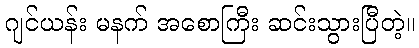
ဂျင်ယန်း မနက် အစောကြီး ဆင်းသွားပြီတဲ့။